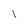
Character: l